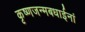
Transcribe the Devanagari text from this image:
कृष्णजन्मबधाईनां